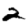
Digit: 2